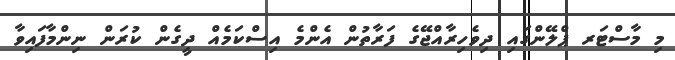
މި މާސްޓަރ ޕްލޭންގައި ދިވެހިރާއްޖޭގެ ފަރާތުން އެންމެ އިސްކަމެއް ދީގެން ކުރަން ނިންމާފައިވާ